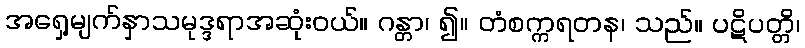
အရှေ့မျက်နှာသမုဒ္ဒရာအဆုံးဝယ်။ ဂန္တာ၊ ၍။ တံစက္ကရတန၊ သည်။ ပဋိပတ္တိ၊